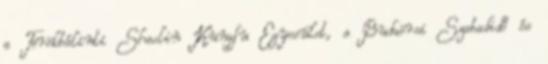
a Törökbálinti Shaolin Kungfu Egyesület, a Budaörsi Szabadidő és